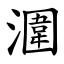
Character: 潿